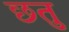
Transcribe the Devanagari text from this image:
छतु